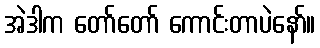
အဲဒါက တော်တော် ကောင်းတာပဲနော်။